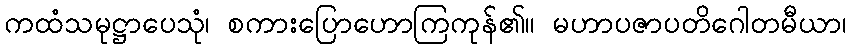
ကထံသမုဋ္ဌာပေသုံ၊ စကားပြောဟောကြကုန်၏။ မဟာပဇာပတိဂေါတမီယာ၊